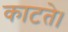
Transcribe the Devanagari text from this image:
काटते।